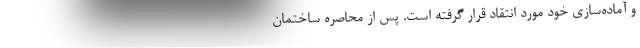
و آماده‌سازی خود مورد انتقاد قرار گرفته است. پس از محاصره ساختمان